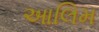
આલિમ